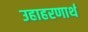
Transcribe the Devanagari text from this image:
उहाहरणार्थ